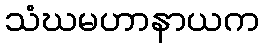
သံဃမဟာနာယက